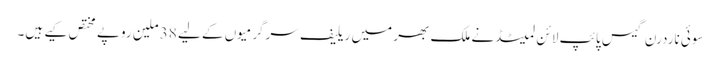
سوئی ناردرن گیس پائپ لائن لمیٹڈنے ملک بھر میں ریلیف سرگرمیوں کے لیے 38 ملین روپے مختص کیے ہیں۔